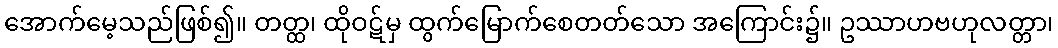
အောက်မေ့သည်ဖြစ်၍။ တတ္ထ၊ ထိုဝဋ်မှ ထွက်မြောက်စေတတ်သော အကြောင်း၌။ ဥဿာဟဗဟုလတ္တာ၊